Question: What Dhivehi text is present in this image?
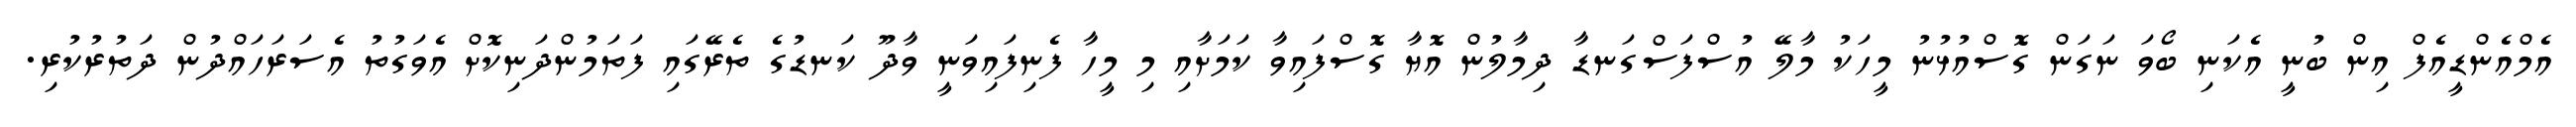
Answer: އެމްއެންޑީއެފް އިން ބުނީ އެކަނި ބޯވަ ނަގަން ގޮސްއުޅުނު މީހަކު މާލޭ އުސްފަސްގަނޑާ ދިމާލުން އޮޔާ ގޮސްފައިވާ ކަމަށާއި މި މީހާ ފެނިފައިވަނީ ވާދޫ ކަނޑުގެ ތެރޭގައި ފަތަމުންދަނިކޮށް އެވަގުތު އެސަރަހައްދުން ދަތުރުކުރި.